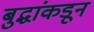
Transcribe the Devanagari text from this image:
बुद्धांकडून